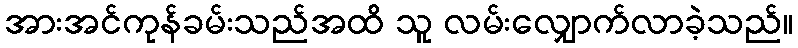
အားအင်ကုန်ခမ်းသည်အထိ သူ လမ်းလျှောက်လာခဲ့သည်။